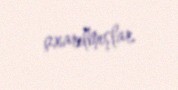
çıxarılmışlar.